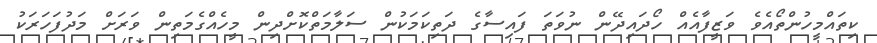
ކިތައްމީހުންތޯއެވެ ވަޒީފާއެއް ހޯދައިދޭން ނުވަތަ ފައިސާގެ ދަތިކަމަކުން ސަލާމަތްކޮށްދިން މީހެއްގެމަތިން ވަރަށް މަދުފަހަރަކު